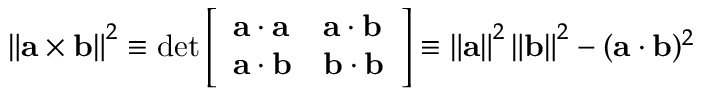
\left\| \mathbf { a } \times \mathbf { b } \right\| ^ { 2 } \equiv \operatorname* { d e t } { \left[ \begin{array} { l l } { \mathbf { a } \cdot \mathbf { a } } & { \mathbf { a } \cdot \mathbf { b } } \\ { \mathbf { a } \cdot \mathbf { b } } & { \mathbf { b } \cdot \mathbf { b } } \end{array} \right] } \equiv \left\| \mathbf { a } \right\| ^ { 2 } \left\| \mathbf { b } \right\| ^ { 2 } - ( \mathbf { a } \cdot \mathbf { b } ) ^ { 2 }